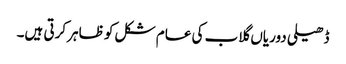
ڈھیلی دوریاں گلاب کی عام شکل کو ظاہر کرتی ہیں۔